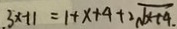
3 x + 1 = 1 + x + 4 + 2 \sqrt { x + 4 } .